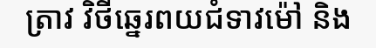
ត្រាវ វិថីឆ្នេរពយជំទាវម៉ៅ និង